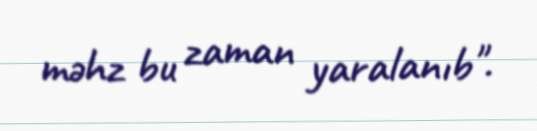
məhz bu zaman yaralanıb".